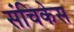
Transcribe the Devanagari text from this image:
संचिकेस